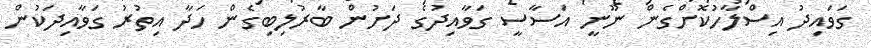
ގަވައިދު އިސްލާހުކޮށްގެން ނޫނީ އަސާސީ ގަވާއިދުގެ ދަށުން ބާރުލިބިގެން ހަދާ އިތުރު ގަވާއިދަކުން